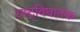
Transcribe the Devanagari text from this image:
राष्ट्रविघातक